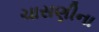
ચાસણીના